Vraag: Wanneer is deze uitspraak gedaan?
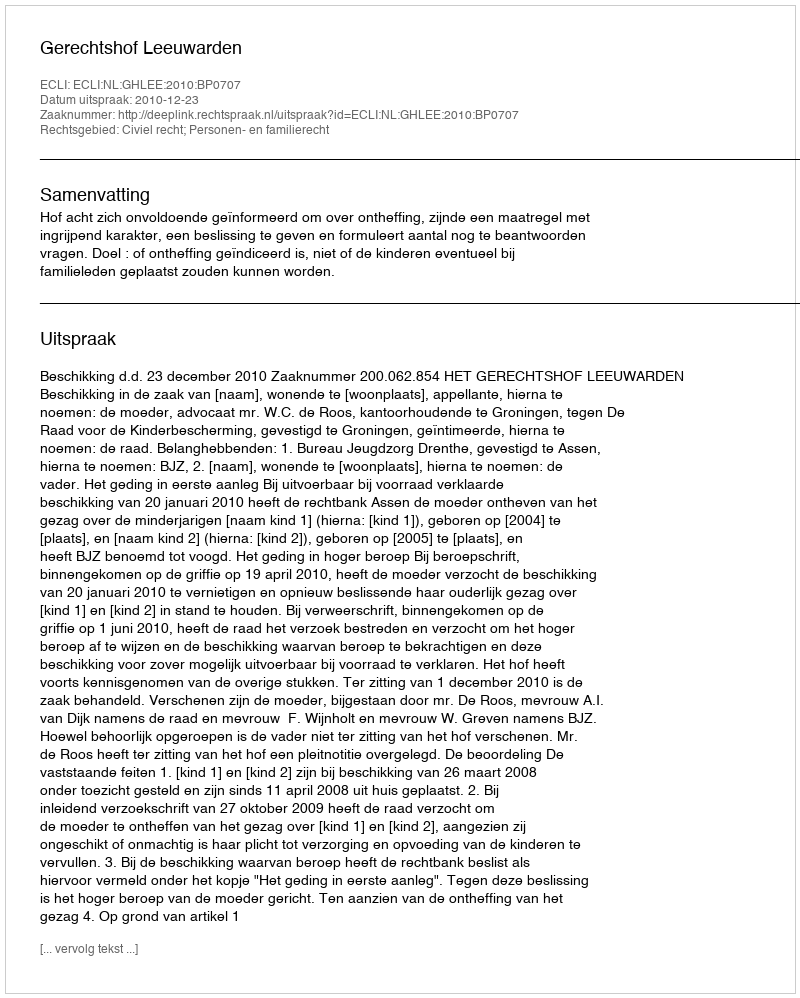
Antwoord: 2010-12-23